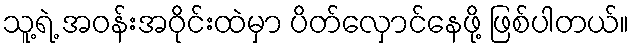
သူ့ရဲ့ အဝန်းအဝိုင်းထဲမှာ ပိတ်လှောင်နေဖို့ ဖြစ်ပါတယ်။